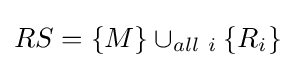
RS=\{M\}\cup _{all\ i}\{R_{i}\}